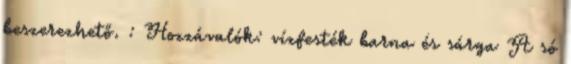
beszerezhető. : Hozzávalók: vízfesték barna és sárga A só